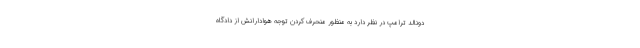
دونالد ترامپ در نظر دارد به منظور منحرف کردن توجه هوادارانش از دادگاه